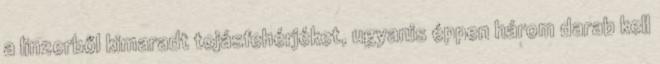
a linzerből kimaradt tojásfehérjéket, ugyanis éppen három darab kell